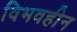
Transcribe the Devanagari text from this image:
विभवहीन